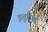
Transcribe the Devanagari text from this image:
इतुदेस